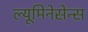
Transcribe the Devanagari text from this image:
ल्यूमिनेसेन्स